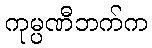
ကုမ္ပဏီဘက်က